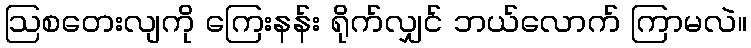
ဩစတေးလျကို ကြေးနန်း ရိုက်လျှင် ဘယ်လောက် ကြာမလဲ။